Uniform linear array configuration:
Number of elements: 24
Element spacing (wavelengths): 0.5
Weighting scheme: blackman
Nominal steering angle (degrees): -60
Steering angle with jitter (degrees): -59.34
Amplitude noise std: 0.05
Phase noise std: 0.05

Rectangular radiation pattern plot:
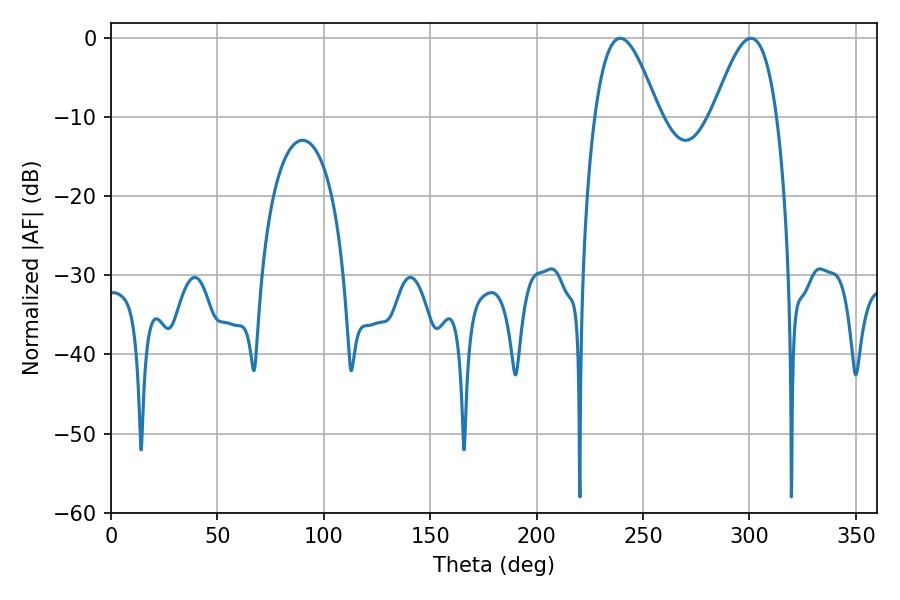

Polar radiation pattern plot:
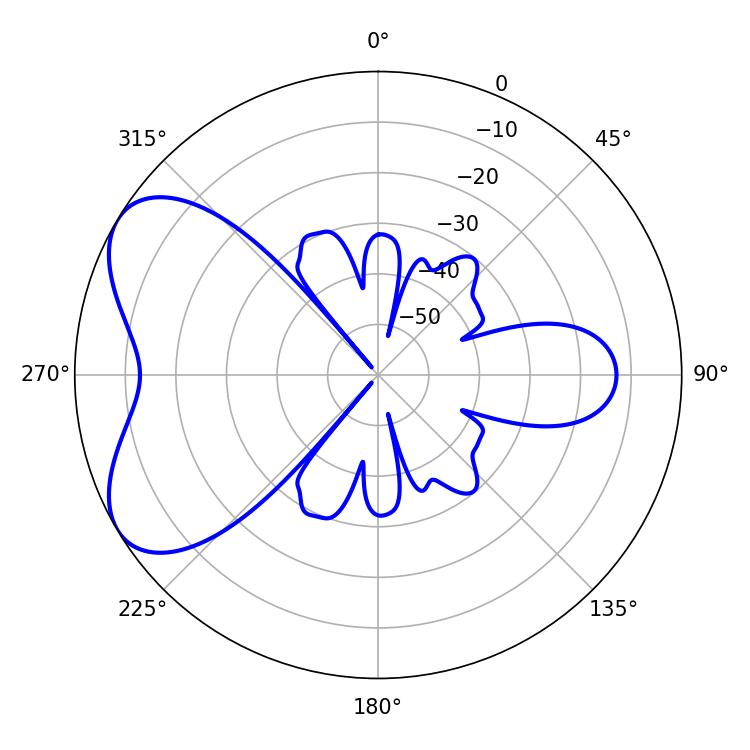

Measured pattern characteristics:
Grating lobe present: FALSE
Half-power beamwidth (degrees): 16.2
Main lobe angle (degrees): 300.78